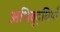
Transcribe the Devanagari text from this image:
अभिवृद्धियाँ